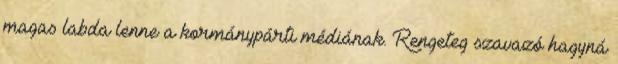
magas labda lenne a kormánypárti médiának. Rengeteg szavazó hagyná